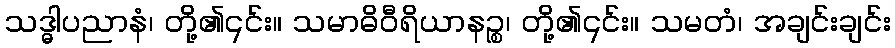
သဒ္ဓါပညာနံ၊ တို့၏၎င်း။ သမာဓိဝီရိယာနဉ္စ၊ တို့၏၎င်း။ သမတံ၊ အချင်းချင်း